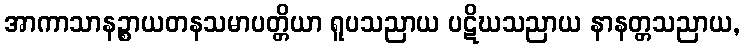
အာကာသာနဉ္စာယတနသမာပတ္တိယာ ရူပသညာယ ပဋိဃသညာယ နာနတ္တသညာယ,